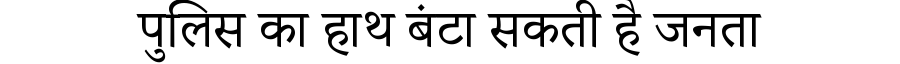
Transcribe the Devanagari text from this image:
पुलिस का हाथ बंटा सकती है जनता